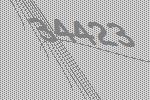
34423